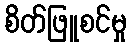
စိတ်ဖြူစင်မှု